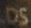
DS